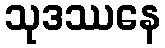
သုဒဿနေ